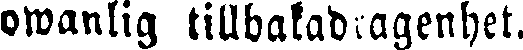
owanlig tillbakadragenhet.